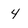
Character: 4